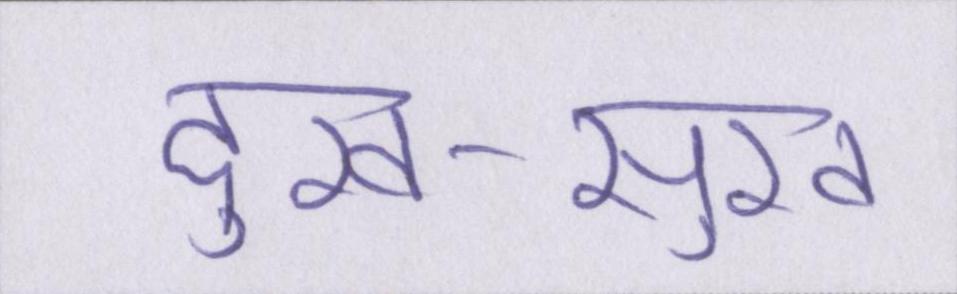
दुख-सुख